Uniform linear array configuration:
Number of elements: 32
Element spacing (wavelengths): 0.75
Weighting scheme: cosine
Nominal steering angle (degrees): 60
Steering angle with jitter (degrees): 61.852
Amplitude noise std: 0.05
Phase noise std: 0.05

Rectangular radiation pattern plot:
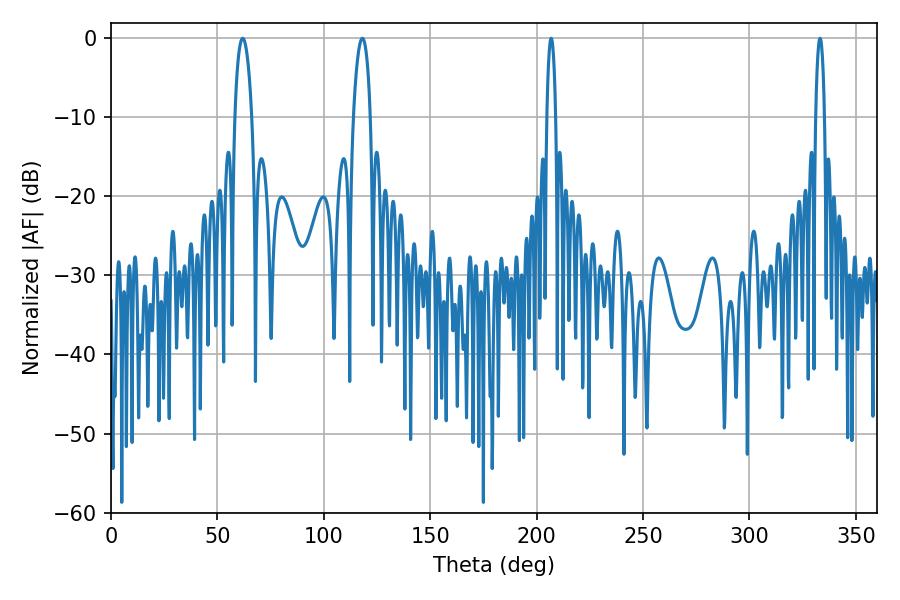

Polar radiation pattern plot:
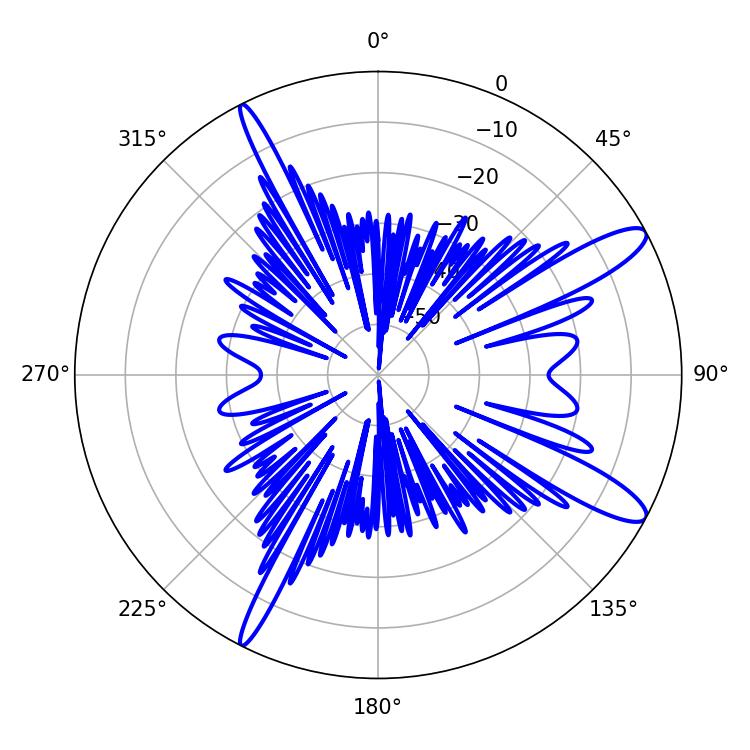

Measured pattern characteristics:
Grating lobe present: TRUE
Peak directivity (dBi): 12.418
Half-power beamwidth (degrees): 2.16
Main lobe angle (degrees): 206.82